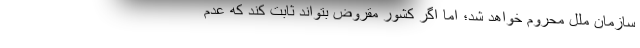
سازمان ملل محروم خواهد شد؛ اما اگر کشور مقروض بتواند ثابت کند که عدم